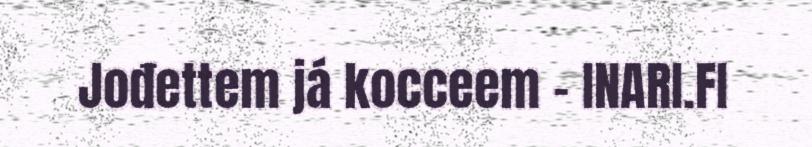
Jođettem já kocceem - INARI.FI